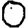
Digit: 0